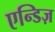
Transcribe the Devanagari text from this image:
एन्डिज़